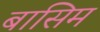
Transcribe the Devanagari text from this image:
बासिम